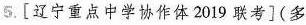
5.[辽宁重点中学协作体2019联考](多